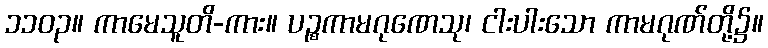
၁၁၀၃။ ကာမေသူတိ-ကား။ ပဉ္စကာမဂုဏေသု၊ ငါးပါးသော ကာမဂုဏ်တို့၌။